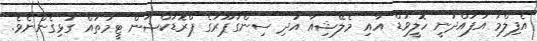
އެފިލްމު އުފައްދަނީ ހޮލީވުޑް އާއި މެލޭޝިއާ އަދި ސިންގަޕޫރުގެ ޕްރޮޑަކްޝަން ޓީމުތައް ގުޅިގެންނެވެ.